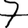
Digit: 7